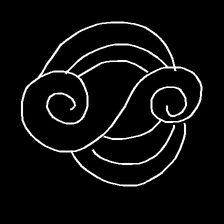
Glyph: wind-underfoot